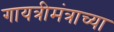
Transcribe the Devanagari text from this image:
गायत्रीमंत्राच्या